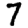
Digit: 7